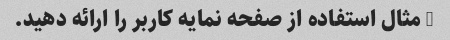
3 مثال استفاده از صفحه نمایه کاربر را ارائه دهید.